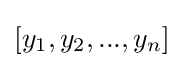
[y_{1},y_{2},...,y_{n}]